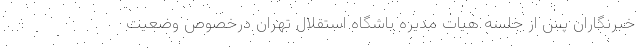
خبرنگاران پس از جلسه هیات مدیره باشگاه استقلال تهران درخصوص وضعیت